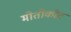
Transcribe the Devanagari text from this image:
मोतीकोट